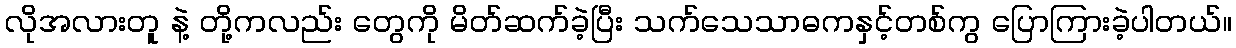
လိုအလားတူ နဲ့ တို့ကလည်း တွေကို မိတ်ဆက်ခဲ့ပြီး သက်သေသာဓကနှင့်တစ်ကွ ပြောကြားခဲ့ပါတယ်။